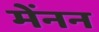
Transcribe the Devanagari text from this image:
मेंनन